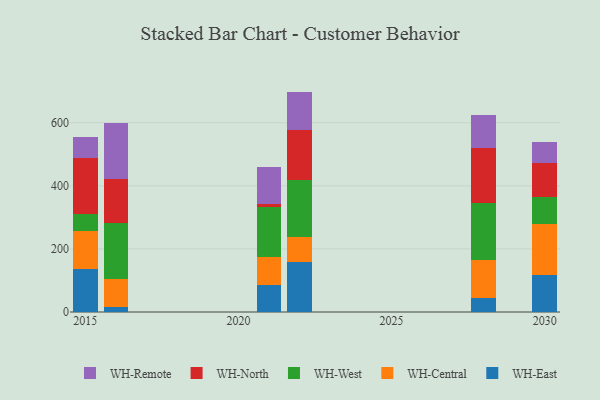
{"axis": {"x": "Year", "y": "Temperature (°C)"}, "legend": ["WH-Central", "WH-East", "WH-North", "WH-Remote", "WH-West"], "data": [{"x": "2015", "y": 137.0, "type": "WH-East"}, {"x": "2015", "y": 120.3, "type": "WH-Central"}, {"x": "2015", "y": 52.4, "type": "WH-West"}, {"x": "2015", "y": 177.7, "type": "WH-North"}, {"x": "2015", "y": 66.4, "type": "WH-Remote"}, {"x": "2022", "y": 157.3, "type": "WH-East"}, {"x": "2022", "y": 81.6, "type": "WH-Central"}, {"x": "2022", "y": 179.8, "type": "WH-West"}, {"x": "2022", "y": 157.0, "type": "WH-North"}, {"x": "2022", "y": 122.8, "type": "WH-Remote"}, {"x": "2016", "y": 16.7, "type": "WH-East"}, {"x": "2016", "y": 87.5, "type": "WH-Central"}, {"x": "2016", "y": 176.5, "type": "WH-West"}, {"x": "2016", "y": 140.9, "type": "WH-North"}, {"x": "2016", "y": 178.3, "type": "WH-Remote"}, {"x": "2030", "y": 118.4, "type": "WH-East"}, {"x": "2030", "y": 160.6, "type": "WH-Central"}, {"x": "2030", "y": 84.6, "type": "WH-West"}, {"x": "2030", "y": 110.1, "type": "WH-North"}, {"x": "2030", "y": 64.6, "type": "WH-Remote"}, {"x": "2028", "y": 45.9, "type": "WH-East"}, {"x": "2028", "y": 119.7, "type": "WH-Central"}, {"x": "2028", "y": 179.1, "type": "WH-West"}, {"x": "2028", "y": 175.8, "type": "WH-North"}, {"x": "2028", "y": 105.0, "type": "WH-Remote"}, {"x": "2021", "y": 85.9, "type": "WH-East"}, {"x": "2021", "y": 88.8, "type": "WH-Central"}, {"x": "2021", "y": 157.2, "type": "WH-West"}, {"x": "2021", "y": 10.7, "type": "WH-North"}, {"x": "2021", "y": 117.7, "type": "WH-Remote"}]}